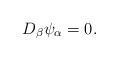
LaTeX: \begin{align*}D_\beta\psi_\alpha = 0.\end{align*}